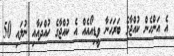
އެ އަންހެން ކުއްޖާގެ ބަރަހަނާ ވީޑިއޯއެއް އެ ކުއްޖާގެ ހުއްދައާއި ނުލައި 50